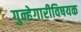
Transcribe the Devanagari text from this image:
गुन्हेगारीविषयक